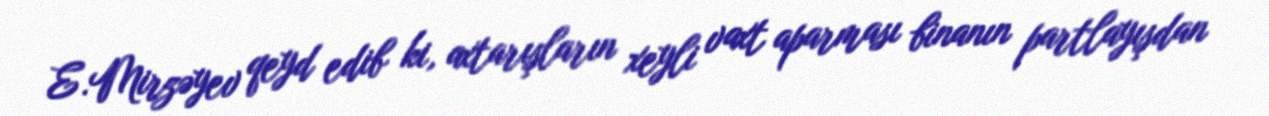
E.Mirzəyev qeyd edib ki, axtarışların xeyli vaxt aparması binanın partlayışdan